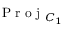
\mathrm { ~ P ~ r ~ o ~ j ~ } _ { C _ { 1 } }